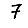
Digit: 7